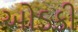
ઓડકી